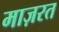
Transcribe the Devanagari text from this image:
माज़रत